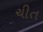
ચીત